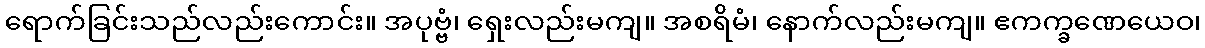
ရောက်ခြင်းသည်လည်းကောင်း။ အပုဗ္ဗံ၊ ရှေးလည်းမကျ။ အစရိမံ၊ နောက်လည်းမကျ။ ဧကက္ခဏေယေဝ၊